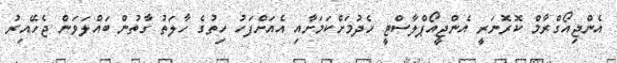
އެންޖިއޯގްރާމް ކޮރޮނަރީ އެންޖީއޯޕްލާސްޓީ ހެދުމަށްކަމަށާއި އެއަށްފަހު ހިތުގެ ހާލަތު ގާތުން ބައްލަވަން ޖެހޭއިރު